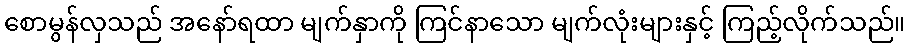
စောမွန်လှသည် အနော်ရထာ မျက်နှာကို ကြင်နာသော မျက်လုံးများနှင့် ကြည့်လိုက်သည်။